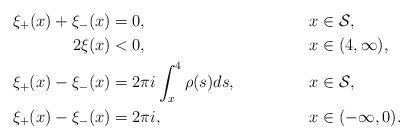
LaTeX: \begin{align*}\xi_+(x) + \xi_-(x) & = 0, & x &\in \mathcal{S} ,\\2\xi(x) & < 0, & x & \in (4,\infty), \\\xi_+(x) - \xi_-(x) & = 2\pi i \int^{4}_x \rho(s) ds, & x & \in \mathcal{S}, \\\xi_+(x) - \xi_-(x) & = 2\pi i, & x & \in (-\infty,0). \end{align*}